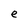
Character: e